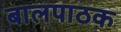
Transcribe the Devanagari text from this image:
बालपाठक